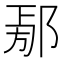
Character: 𨜃